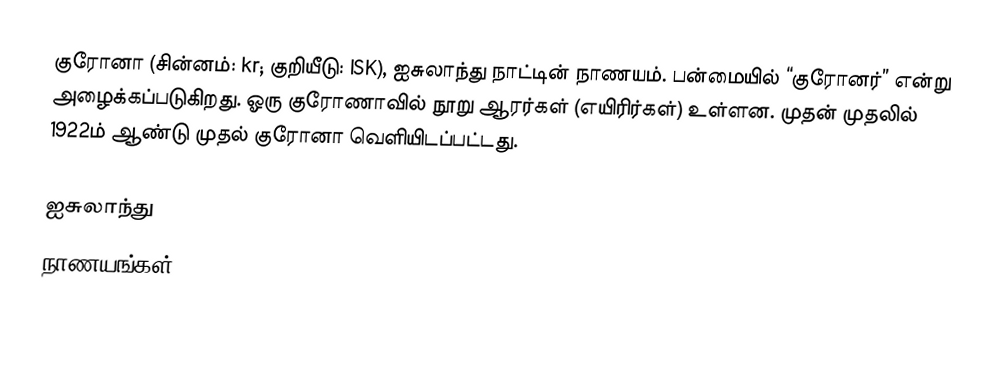
குரோனா (சின்னம்: kr; குறியீடு: ISK), ஐசுலாந்து நாட்டின் நாணயம். பன்மையில் “குரோனர்” என்று அழைக்கப்படுகிறது. ஓரு குரோணாவில் நூறு ஆரர்கள் (எயிரிர்கள்) உள்ளன. முதன் முதலில் 1922ம் ஆண்டு முதல் குரோனா வெளியிடப்பட்டது.

ஐசுலாந்து
நாணயங்கள்